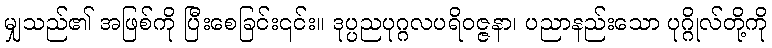
မျှသည်၏ အဖြစ်ကို ပြီးစေခြင်း၎င်း။ ဒုပ္ပညပုဂ္ဂလပရိဝဇ္ဇနာ၊ ပညာနည်းသော ပုဂ္ဂိုလ်တို့ကို